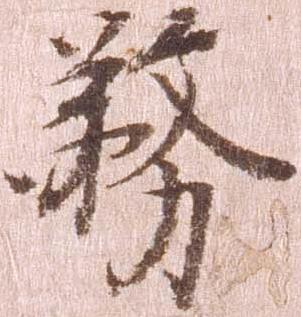
務